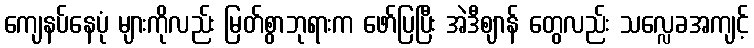
ကျေနပ်နေပုံ များကိုလည်း မြတ်စွာဘုရားက ဖော်ပြပြီး အဲဒီဈာန် တွေလည်း သလ္လေခအကျင့်